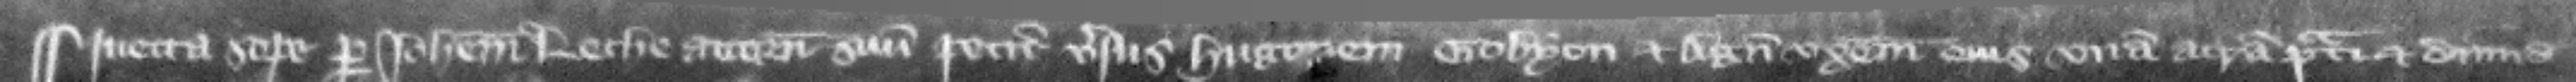
Iuetta Sope per Iohannem Leche attornatum suum petit versus Hugonem Gobyon et Agnetem vxorem eius vnam acram prati et dimidiam